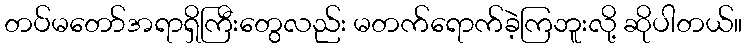
တပ်မတော်အရာရှိကြီးတွေလည်း မတက်ရောက်ခဲ့ကြဘူးလို့ ဆိုပါတယ်။